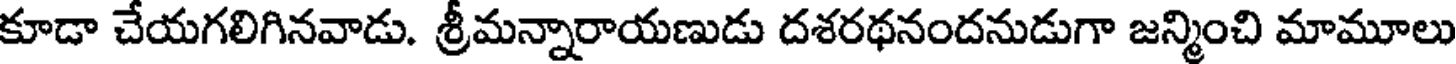
కూడా చేయగలిగినవాడు. శ్రీమన్నారాయణుడు దశరథనందనుడుగా జన్మించి మామూలు